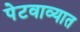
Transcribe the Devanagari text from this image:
पेटवाव्यात